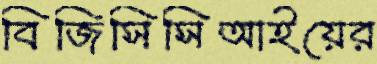
বিজিসিসিআইয়ের